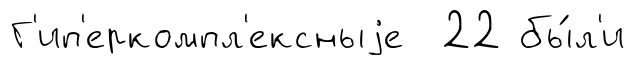
Г'ип'еркомпл'ексныjе 22 бы́л'и